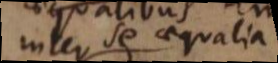
inter se aequalia